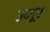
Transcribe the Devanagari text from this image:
उय्गूर